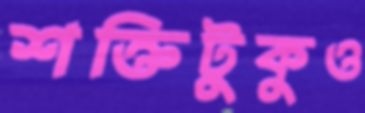
শক্তিটুকুও